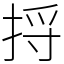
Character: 捋